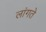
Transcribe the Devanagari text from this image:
लांगते